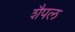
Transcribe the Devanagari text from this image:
शैपल